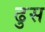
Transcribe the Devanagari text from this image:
ढुस